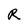
Character: R